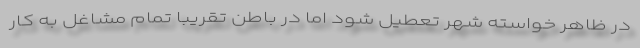
در ظاهر خواسته شهر تعطیل شود اما در باطن تقریبا تمام مشاغل به کار